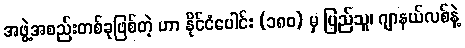
အဖွဲ့အစည်းတစ်ခုဖြစ်တဲ့ ဟာ နိုင်ငံပေါင်း (၁၈ဝ) မှ ပြည်သူ၊ ဂျာနယ်လစ်နဲ့